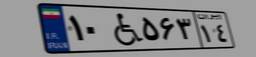
۹۴W۲۷۶۷۰